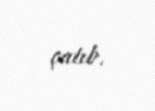
çatıb.